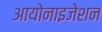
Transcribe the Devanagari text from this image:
आयोनाइजेशन